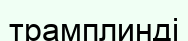
трамплинді